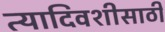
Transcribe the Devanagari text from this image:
त्यादिवशीसाठी